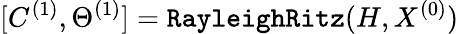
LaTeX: [C^{(1)},\Theta^{(1)}]=\texttt{RayleighRitz}(H,X^{(0)})